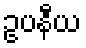
ဥပနီယ